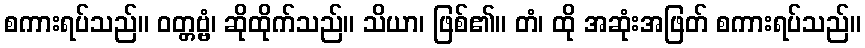
စကားရပ်သည်။ ဝတ္တဗ္ဗံ၊ ဆိုထိုက်သည်။ သိယာ၊ ဖြစ်၏။ တံ၊ ထို အဆုံးအဖြတ် စကားရပ်သည်။